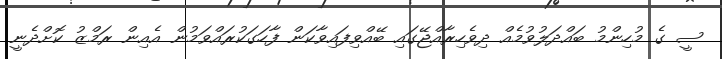
ސީ ގެ މުހިންމު ބައްދަލުވުމެއް ދިވެހިރާއްޖޭގައި ބޭއްވިފައިވާކަން ފާހަގަކުރައްވަމުން އެއިން ރަމްޒު ކޮށްދެނީ